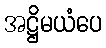
အဋ္ဌိမယံပေ